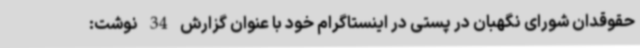
حقوقدان شورای نگهبان در پستی در اینستاگرام خود با عنوان گزارش 34 نوشت: